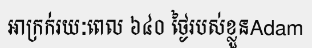
អាក្រក់រយៈពេល ៦៤០ ថ្ងៃរបស់ខ្លួនAdam